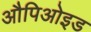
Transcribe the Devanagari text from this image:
औपिओइड